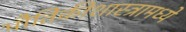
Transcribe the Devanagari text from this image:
भौतिकीशास्त्रामध्ये